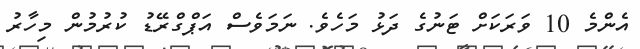
އެންމެ 10 ވަރަކަށް ޓަނުގެ ދަޅު މަހެވެ. ނަމަވެސް އަޕްގްރޭޑު ކުރުމުން މިހާރު